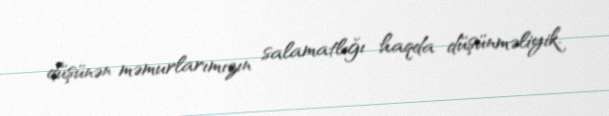
düşünən məmurlarımızın salamatlığı haqda düşünməliyik.